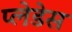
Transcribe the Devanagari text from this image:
प्लेडेस